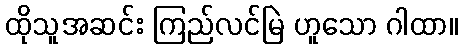
ထိုသူအဆင်း ကြည်လင်မြဲ ဟူသော ဂါထာ။